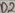
Text: D1